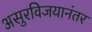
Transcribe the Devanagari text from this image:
असुरविजयानंतर